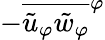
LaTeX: -\overline{{\tilde{u}_{\varphi}\tilde{w}_{\varphi}}}^{\varphi}